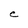
Character: e